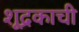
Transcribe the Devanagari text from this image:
शूद्रकाची